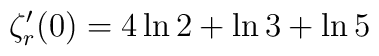
\zeta_r^{\prime}(0) = 4 \ln 2 + \ln 3 + \ln 5